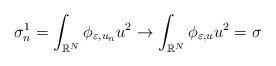
LaTeX: \begin{align*}\sigma_{n}^{1}=\int_{\mathbb R^N} \phi_{\varepsilon, u_{n}}u^2 \rightarrow \int_{\mathbb R^N} \phi_{\varepsilon,u} u^2=\sigma\end{align*}